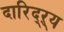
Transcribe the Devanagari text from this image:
दारिद्‌ऱ्य